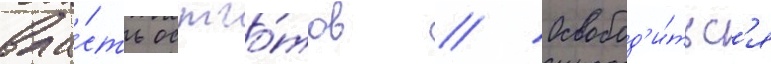
вла́сть остго́тов // Освобод'и́тьс'я